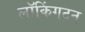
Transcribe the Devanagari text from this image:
लॉकिंगटन